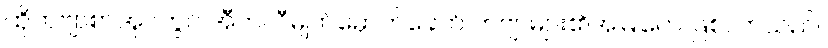
ထိုကဗျာစာအုပ်တွင် အီတလီမျက်မှောက်ခေတ် ကဗျာများ၏အမြုတေ ဖြစ်လာသည်။